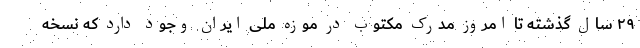
۲۹ سال گذشته تا امروز مدرک مکتوب در موزه ملی ایران وجود دارد که نسخه